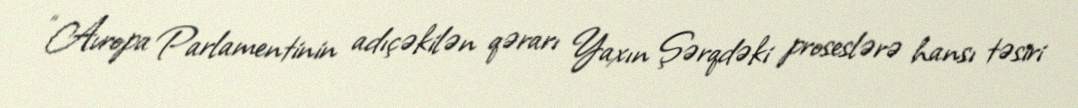
“Avropa Parlamentinin adıçəkilən qərarı Yaxın Şərqdəki proseslərə hansı təsiri